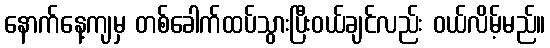
နောက်နေ့ကျမှ တစ်ခေါက်ထပ်သွားပြီးဝယ်ချင်လည်း ဝယ်လိမ့်မည်။